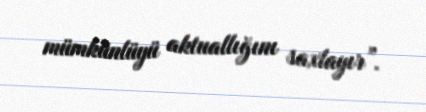
mümkünlüyü aktuallığını saxlayır”.